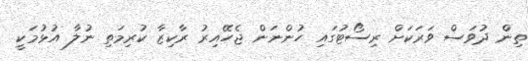
ތިން ދުވަސް ވަރަކަށް ރިސޯޓުގައި ހުންނަން ޖެހޭއިރު ރާކިޒާ ކުރިމަތި ނުލާ އުޅުމަކީ